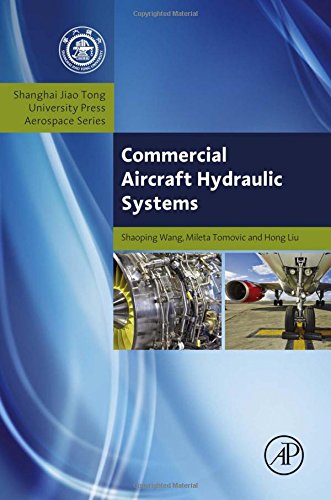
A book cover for Commercial Aircraft Hydraulic Systems: Shanghai Jiao Tong University Press Aerospace Series (Aerospace Engineering); Shaoping Wang; Engineering & Transportation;